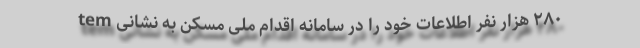
۲۸۰ هزار نفر اطلاعات خود را در سامانه اقدام ملی مسکن به نشانی tem